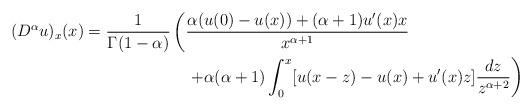
LaTeX: \begin{align*}(D^\alpha u)_x(x)=\frac{1}{\Gamma(1-\alpha)}&\left(\frac{\alpha(u(0)-u(x))+(\alpha+1)u'(x)x}{x^{\alpha+1}}\right.\\&\quad\left.+\alpha(\alpha+1)\int_0^x[u(x-z)-u(x)+u'(x)z]\frac{dz}{z^{\alpha+2}}\right)\end{align*}